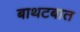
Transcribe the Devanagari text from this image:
बाथटबात